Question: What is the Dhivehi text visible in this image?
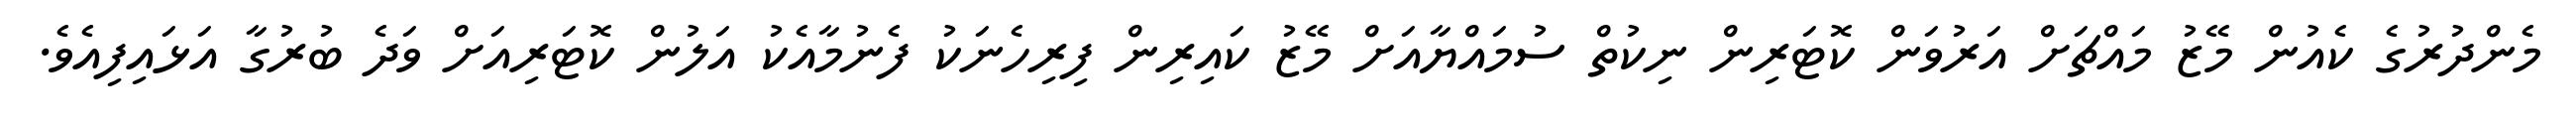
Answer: މެންދުރުގެ ކެއުން މޭޒު މައްޗަށް އަރުވަން ކޮޓަރިން ނިކުތް ސުމައްޔާއަށް މޭޒު ކައިރިން ފިރިހެނަކު ފެނުމާއެކު އަލުން ކޮޓަރިއަށް ވަދެ ބުރުގާ އަޅައިފިއެވެ.